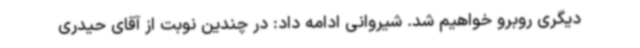
دیگری روبرو خواهیم شد. شیروانی ادامه داد: در چندین نوبت از آقای حیدری